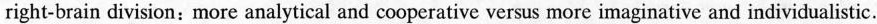
right-brain division: more analytical and cooperative versus more imaginative and individualistic.